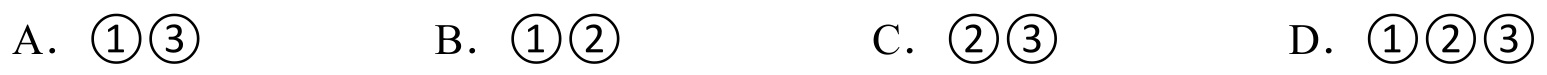
A. \(\textcircled{1}\textcircled{3}\)
B. \(\textcircled{1}\textcircled{2}\)
C. \(\textcircled{2}\textcircled{3}\)
D. \(\textcircled{1}\textcircled{2}\textcircled{3}\)